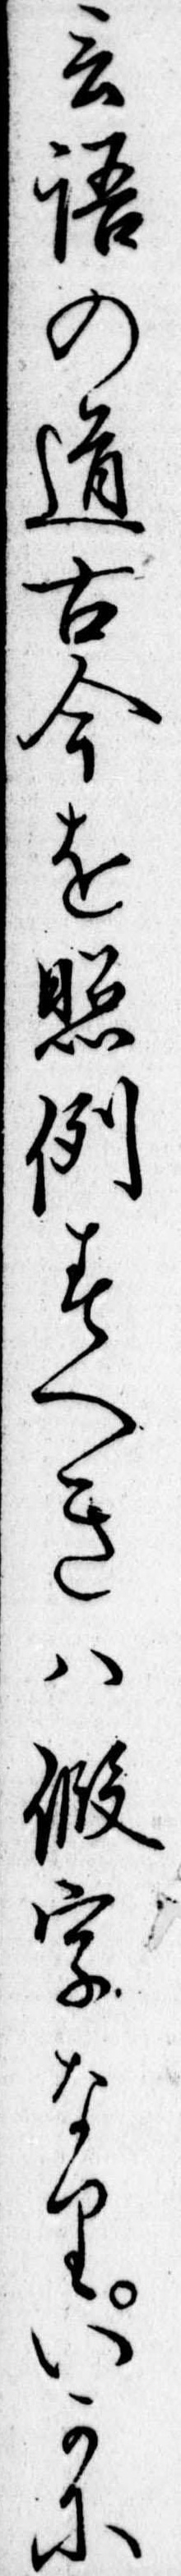
言語の道古今を照例すへきは仮字なりいかに